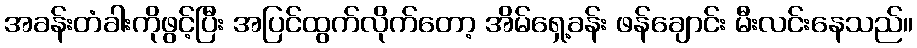
အခန်းတံခါးကိုဖွင့်ပြီး အပြင်ထွက်လိုက်တော့ အိမ်ရှေ့ခန်း ဖန်ချောင်း မီးလင်းနေသည်။